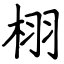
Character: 栩